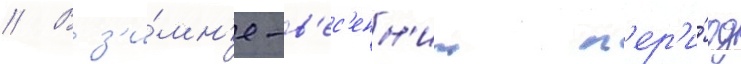
// В з'и́мн'е-в'ес'енн'ии п'ер'и́од